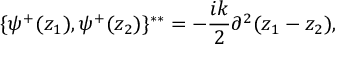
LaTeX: \{ \psi ^ { + } ( z _ { 1 } ) , \psi ^ { + } ( z _ { 2 } ) \} ^ { * * } = - { \frac { i k } { 2 } } \partial ^ { 2 } \d ( z _ { 1 } - z _ { 2 } ) ,